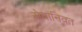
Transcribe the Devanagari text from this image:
सेवानिव्रत